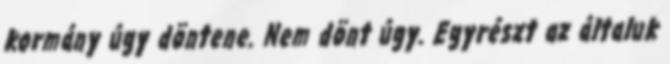
kormány úgy döntene. Nem dönt úgy. Egyrészt az általuk